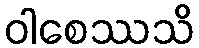
ဝါစေဿသိ